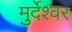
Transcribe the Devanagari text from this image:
मुर्देश्वर